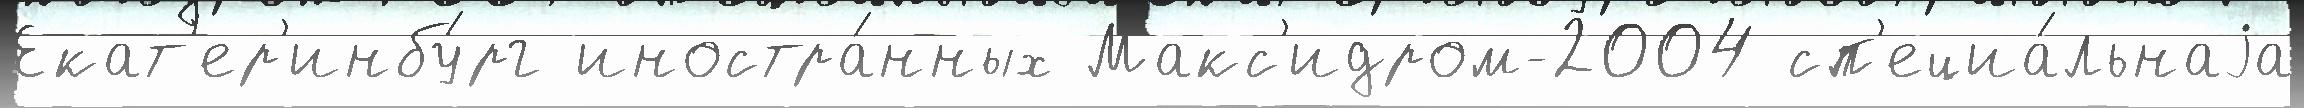
Екат'ер'инбу́рг иностра́нных Макс'идром-2004 сп'ециа́льнаjа